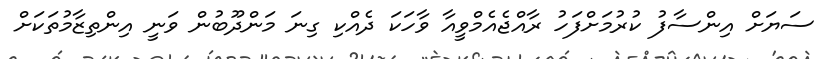
ސަޔަށް އިންސާފު ކުރުމަށްފަހު ރާއްޖެއެމްވީއާ ވާހަކަ ދެއްކި ގިނަ މަންދޫބުން ވަނީ އިންތިޒާމުތަކަށް